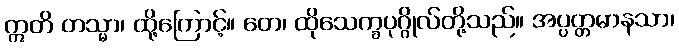
ဣတိ တသ္မာ၊ ထို့ကြောင့်။ တေ၊ ထိုသေက္ခပုဂ္ဂိုလ်တို့သည်။ အပ္ပတ္တမာနသာ၊